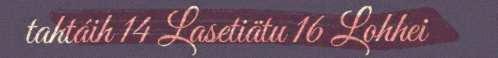
tahtáih 14 Lasetiätu 16 Lohhei